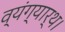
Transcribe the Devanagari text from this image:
व्यंग्यार्थ।